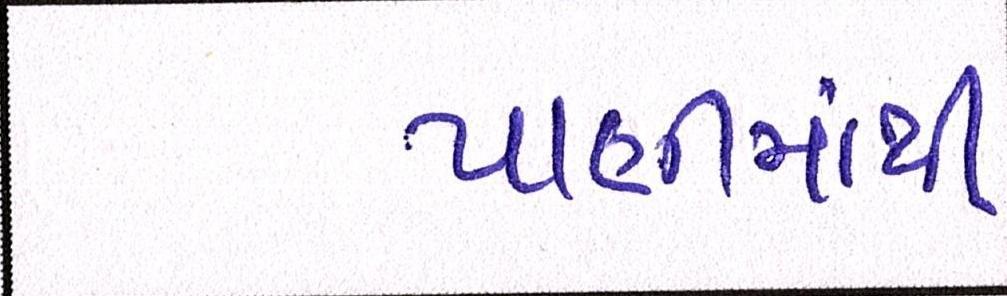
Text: પાણીમાંથી